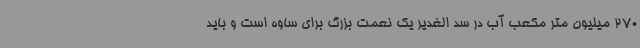
270 میلیون متر مکعب آب در سد الغدیر یک نعمت بزرگ برای ساوه است و باید